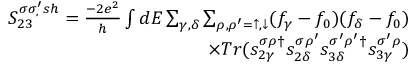
\begin{array} { r } { { S _ { 2 3 } ^ { \sigma \sigma _ { , } ^ { \prime } s h } = \frac { - 2 e ^ { 2 } } { h } \int d E \sum _ { \gamma , \delta } \sum _ { \rho , \rho ^ { \prime } = \uparrow , \downarrow } ( f _ { \gamma } - f _ { 0 } ) ( f _ { \delta } - f _ { 0 } ) } } \\ { { \times T r ( s _ { 2 \gamma } ^ { \sigma \rho \dagger } s _ { 2 \delta } ^ { \sigma \rho ^ { \prime } } s _ { 3 \delta } ^ { \sigma ^ { \prime } \rho ^ { \prime } \dagger } s _ { 3 \gamma } ^ { \sigma ^ { \prime } \rho } ) } } \end{array}